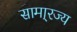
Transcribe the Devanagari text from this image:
सामा्रज्य